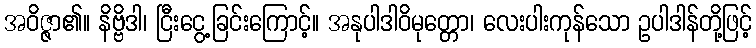
အဝိဇ္ဇာ၏။ နိဗ္ဗိဒါ၊ ငြီးငွေ့ခြင်းကြောင့်။ အနုပါဒါဝိမုတ္တော၊ လေးပါးကုန်သော ဥပါဒါန်တို့ဖြင့်